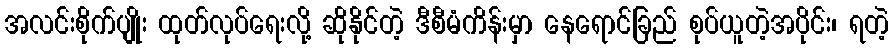
အလင်းစိုက်ပျိုး ထုတ်လုပ်ရေးလို့ ဆိုနိုင်တဲ့ ဒီစီမံကိန်းမှာ နေရောင်ခြည် စုပ်ယူတဲ့အပိုင်း၊ ရတဲ့